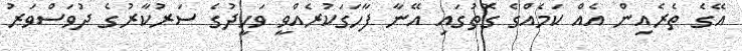
އޭގެ ތެރެއިން އެއް ކަމެއްގެ ގޮތުގައި އޭނާ ފާހަގަކުރެއްވީ ވަހީދުގެ ސަރުކާރުގެ ދުވަސްވަރު